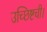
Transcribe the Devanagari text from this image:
उच्छिष्टची।